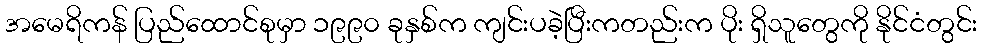
အမေရိကန် ပြည်ထောင်စုမှာ ၁၉၉၀ ခုနှစ်က ကျင်းပခဲ့ပြီးကတည်းက ပိုး ရှိသူတွေကို နိုင်ငံတွင်း